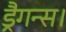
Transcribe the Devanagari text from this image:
ड्रैगन्स।